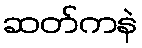
ဆတ်ကနဲ